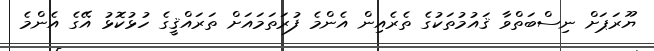
ޔޫރަޕަށް ނިސްބަތްވާ ޤައުމުތަކުގެ ތެރެއިން އެންމެ ފުރަތަމައަށް ތަރައްޤީގެ ހުޅުކޮޅު އޭގެ އެންމެ